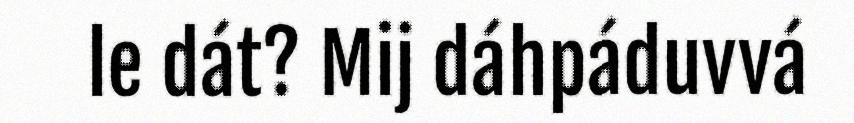
le dát? Mij dáhpáduvvá